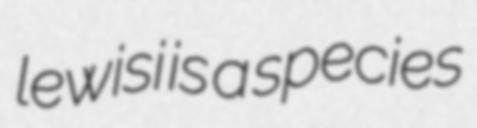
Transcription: lewisi is a species